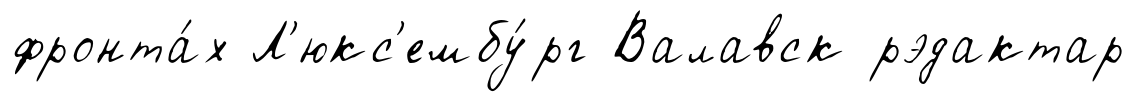
фронта́х Л'юкс'ембу́рг Валавск рэдактар